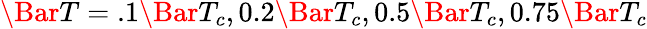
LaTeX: \Bar{T}=.1\Bar{T}_{c},0.2\Bar{T}_{c},0.5\Bar{T}_{c},0.75\Bar{T}_{c}